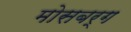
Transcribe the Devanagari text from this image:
मोसबर्ग